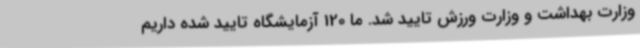
وزارت بهداشت و وزارت ورزش تایید شد. ما 120 آزمایشگاه تایید شده داریم